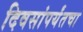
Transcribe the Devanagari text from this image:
दिवसांपर्यंतचा